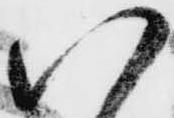
い